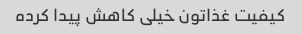
کیفیت غذاتون خیلی کاهش پیدا کرده